Report of the Municipal Commissioner on the plague in Bombay for the year ending 31st May... - Volume 3
Disease focus: Plague
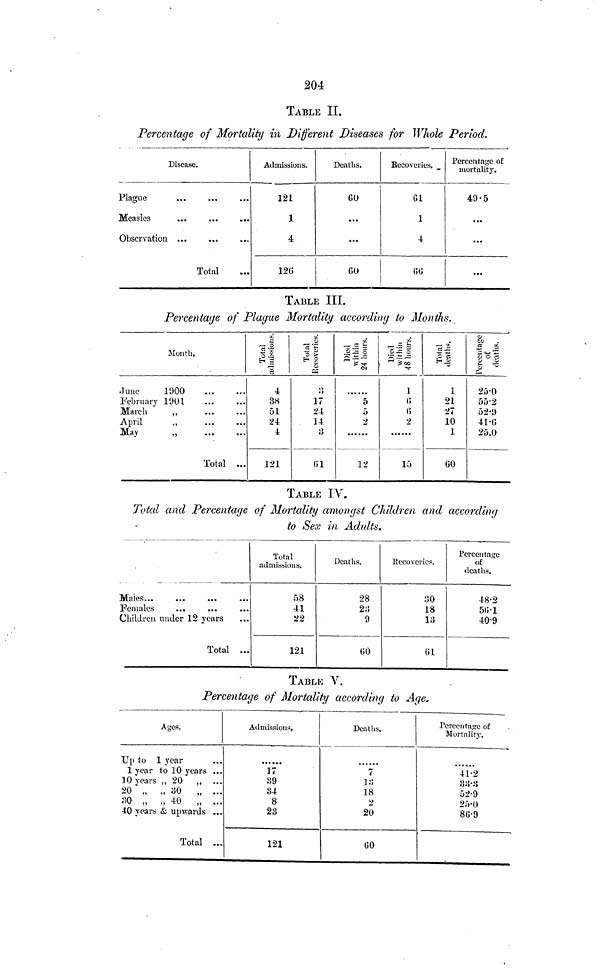
204
TABLE II.
Percentage of Mortality in Different Diseases for Whole Period.
Disease.
Plague
Measles
Observation ...
Total
Admissions.
121
1
4
12G
Deaths.
...
...
Recoveries.
1
4
Percentage o£
mortality.
49·5
...
...
...
TABLE III.
Percentaje of Plague Mortality according to Months.
Month.
June
1900
February 1901
March
,,
April
,,
May
„
Total ...
4
38
51
24
4
121
17
24
14
5
2
12
1
2
15
21
27
10
1
25·0
55·2
52·9
41·6
25·0
TABLE IV.
Total and Percentage of Mortality amongst Children and according
to Sex in Adults.
Males.,.
...
...
Females
...
Children under 12 years
Total ...
Total
admissions.
58
41
22
121
Deaths.
28
9
Eecoverics.
18
13
Percentage
of
deaths.
48·2
40·9
TABLE V.
Percentage of Mortality accord-ing to Age.
Ages.
Up to 1 year
1 year to 10 years ...
10 years „ 20 „ ...
20 „ „ 00
„ ...
30 „ „ 40 „ ...
40 years & upwards ...
Total ...
Admissions.
17
8
23
121
Deaths.
7
18
20
Percentage of
Mortalitj-.
41·2
52·9
25·0
86·9